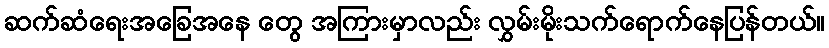
ဆက်ဆံရေးအခြေအနေ တွေ အကြားမှာလည်း လွှမ်းမိုးသက်ရောက်နေပြန်တယ်။